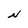
Character: N